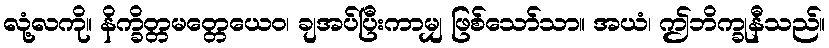
လုံ့လကို။ နိက္ခိတ္တမတ္တေယေဝ၊ ချအပ်ပြီးကာမျှ ဖြစ်သော်သာ။ အယံ၊ ဤဘိက္ခုနီသည်။